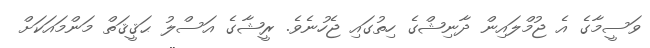
ވަސީމާގެ އެ ޖުމްލައިން ދާނިޝްގެ ހިތުގައި ޖެހުނެވެ. ރީޝާގެ އަސްލު ޙަޤީޤަތް މަންމައަކަށް